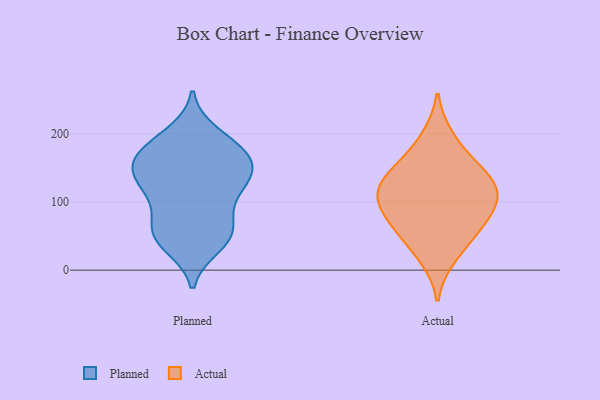
{"axis": {"x": "Waste Production (Tons)", "y": "Value"}, "legend": ["Actual", "Planned"], "data": [{"x": "", "y": 140, "type": "Planned"}, {"x": "", "y": 37, "type": "Planned"}, {"x": "", "y": 48, "type": "Planned"}, {"x": "", "y": 199, "type": "Planned"}, {"x": "", "y": 141, "type": "Planned"}, {"x": "", "y": 182, "type": "Planned"}, {"x": "", "y": 120, "type": "Planned"}, {"x": "", "y": 52, "type": "Planned"}, {"x": "", "y": 170, "type": "Planned"}, {"x": "", "y": 108, "type": "Planned"}, {"x": "", "y": 152, "type": "Planned"}, {"x": "", "y": 56, "type": "Planned"}, {"x": "", "y": 181, "type": "Planned"}, {"x": "", "y": 169, "type": "Planned"}, {"x": "", "y": 84, "type": "Planned"}, {"x": "", "y": 127, "type": "Planned"}, {"x": "", "y": 146, "type": "Planned"}, {"x": "", "y": 56, "type": "Planned"}, {"x": "", "y": 140, "type": "Actual"}, {"x": "", "y": 116, "type": "Actual"}, {"x": "", "y": 52, "type": "Actual"}, {"x": "", "y": 158, "type": "Actual"}, {"x": "", "y": 195, "type": "Actual"}, {"x": "", "y": 113, "type": "Actual"}, {"x": "", "y": 59, "type": "Actual"}, {"x": "", "y": 99, "type": "Actual"}, {"x": "", "y": 138, "type": "Actual"}, {"x": "", "y": 19, "type": "Actual"}, {"x": "", "y": 77, "type": "Actual"}, {"x": "", "y": 99, "type": "Actual"}]}